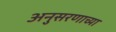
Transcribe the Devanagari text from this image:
अनुसरणाच्या